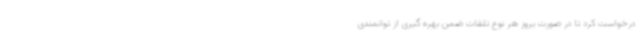
درخواست کرد تا در صورت بروز هر نوع تلفات ضمن بهره گیری از توانمندی